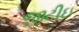
જીટીઇ